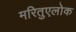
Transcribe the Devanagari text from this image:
मरितुएलोक